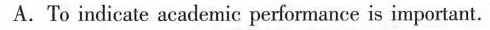
A.To indicate academic performance is important.